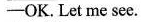
—OK.Let me see.